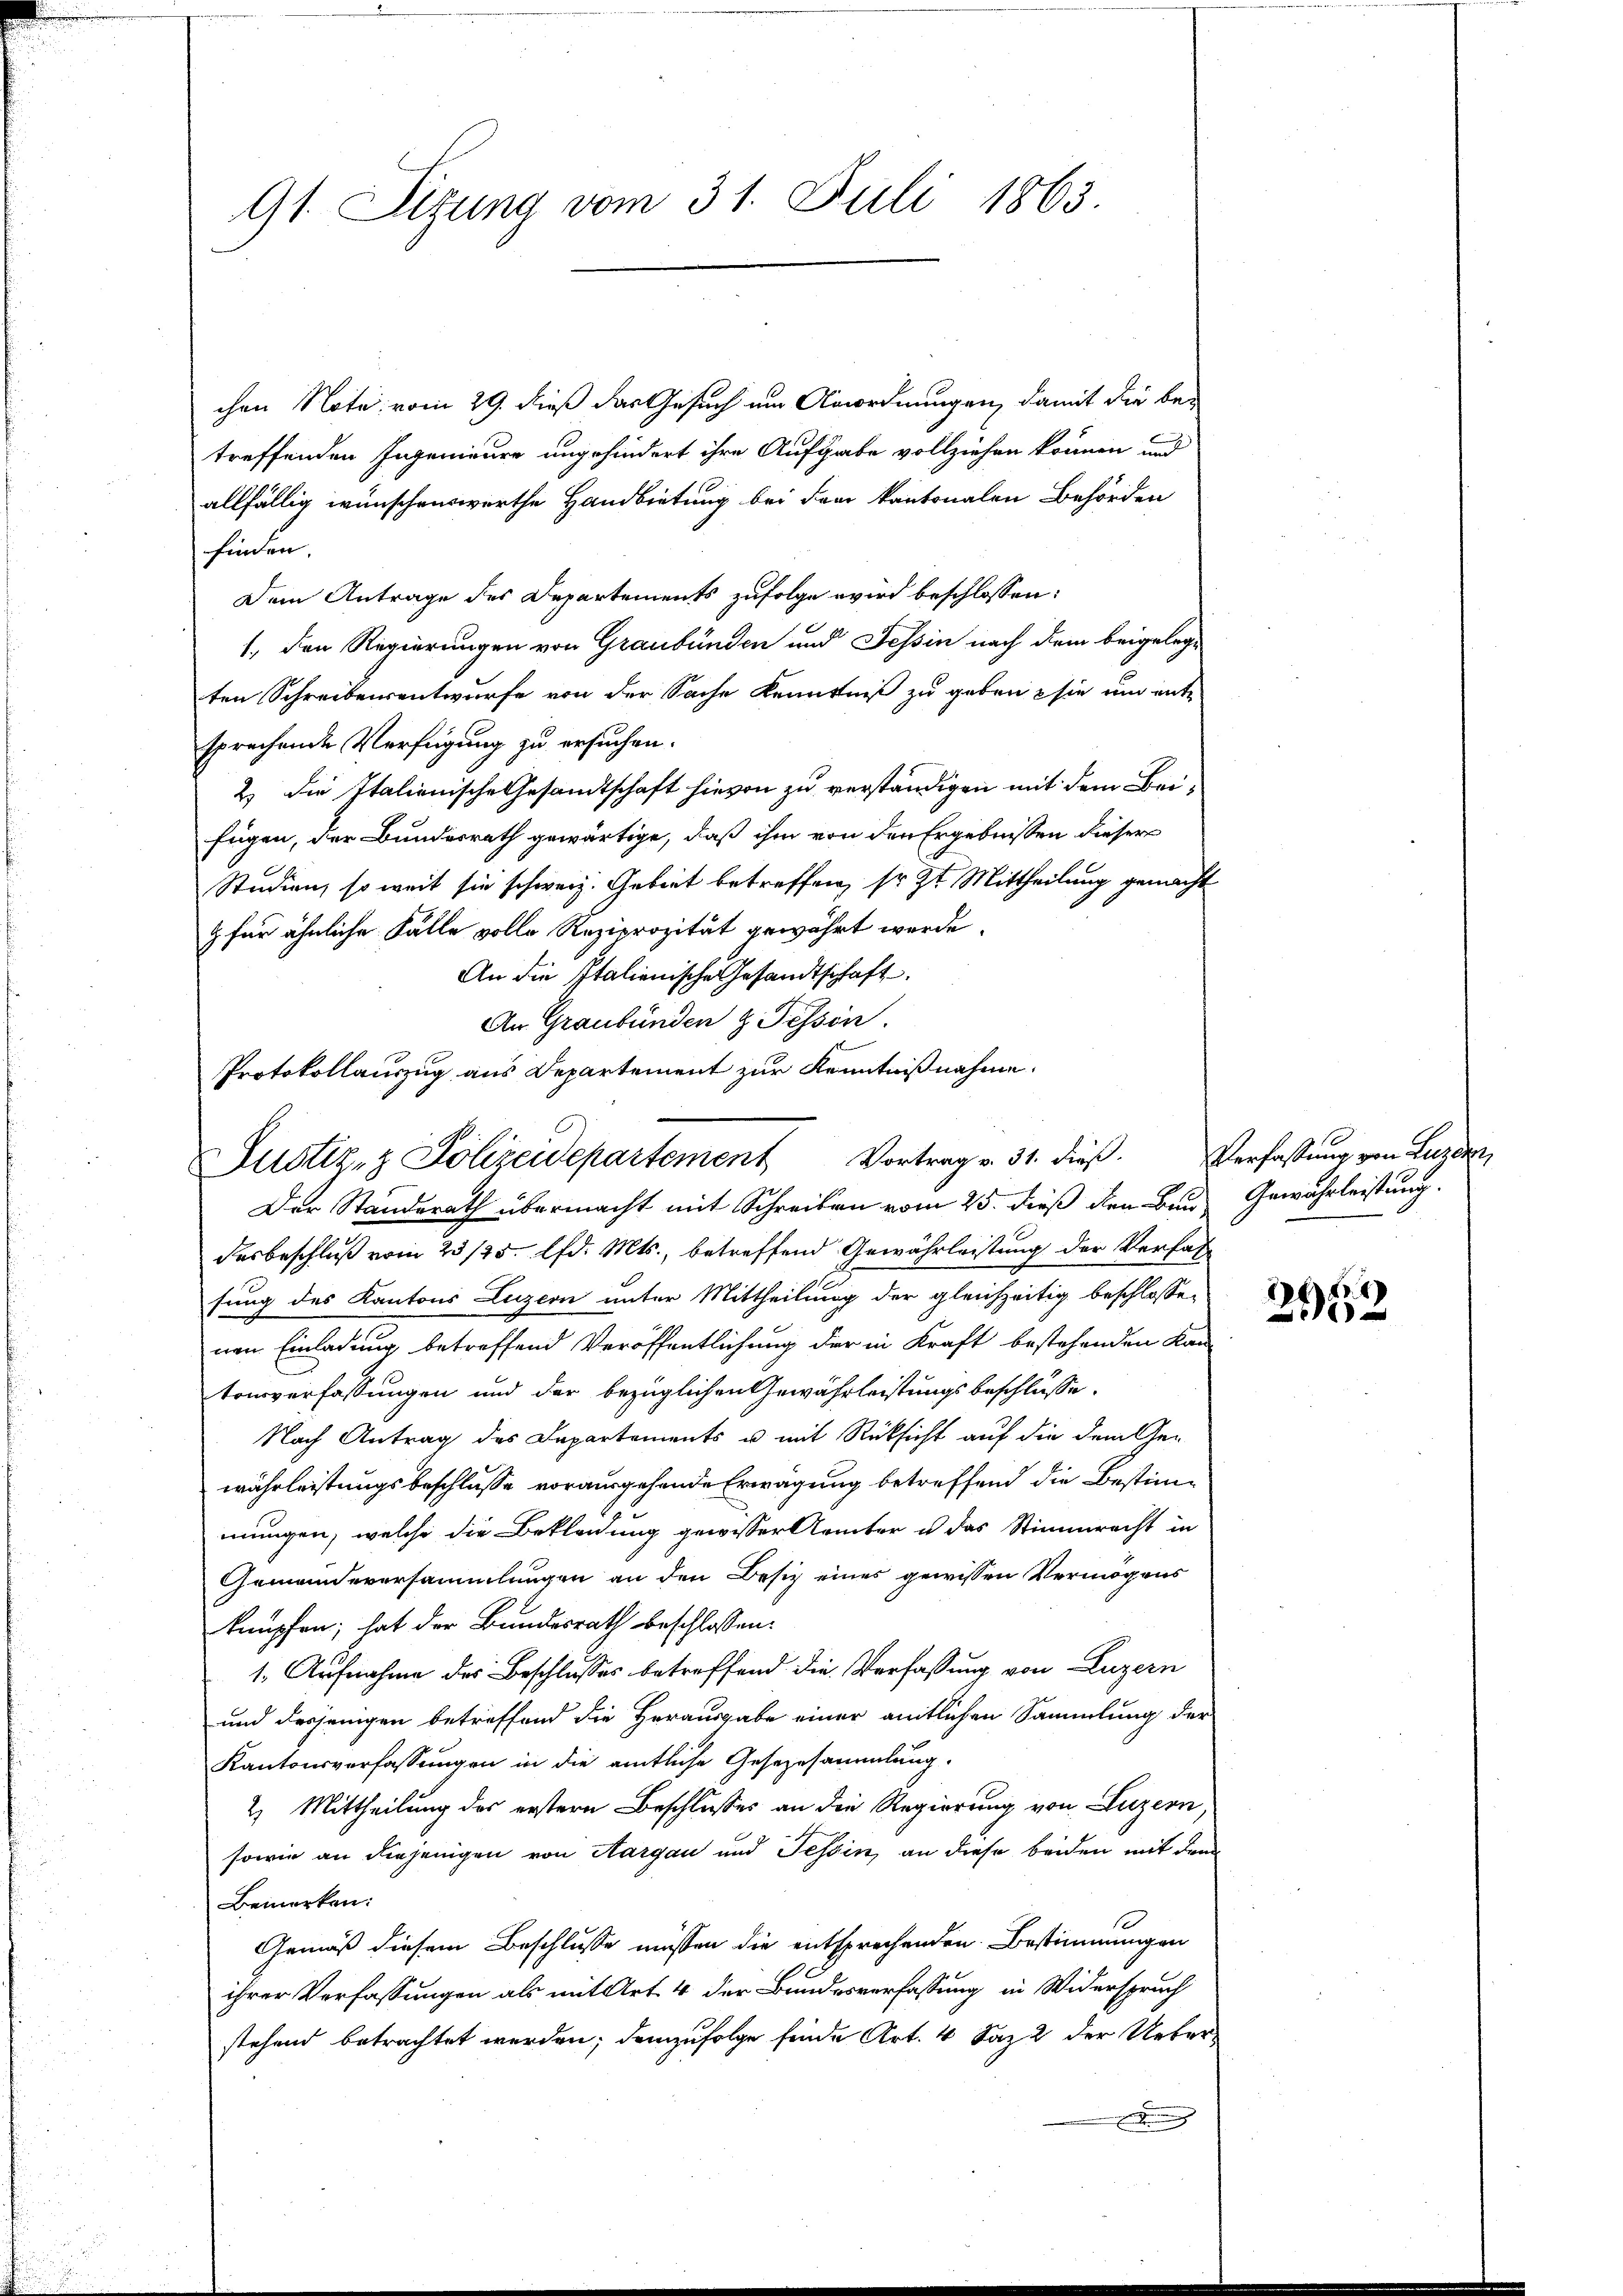
91. Sitzung vom 31. Juli 1863.

chen Note vom 29. dieß das Gesuch um Anordnungen, damit die be-
treffenden Ingenieure ungehindert ihre Aufgabe vollziehen können und
allfällig wünschenswerthe Handbietung bei den kantonalen Behörden
finden.
Dem Antrage des Departements zufolge wird beschlossen:
1., den Regierungen von Graubünden und Tessin nach dem beigelege
ten Schreibensentwurfe von der Sache Kenntniß zu geben sie und ente
sprechende Verfügung zu ersuchen.
2.) Die Italienische Gesandtschaft hievon zu verständigen mit dem Beifügen, der Bundesrath gewärtige, daß ihm von den Ergebnissen dieser
Studien, so weit sie schweiz. Gebiet betreffen, so zt Mittheilung gemacht
g für ähnliche Fälle volle Reziprozität gewährt werde.
An die Italienische Gesandtschaft
Der Standerath übermacht mit Schreiben vom 25. dieß den Bau Gewährleistung.
desbeschluß vom 23/25. lfd. Mts., betreffend Gewährleistung der Verfas
sung des Kantons Luzern unter Mittheilung der gleichzeitig beschlosse
nen Einladung betreffend Veröffentlichung der in Kraft bestehenden Kan-
tonsverfassungen und der bezüglichen Gewährleistungsbeschlüsse.
Nach Antrag des Departements u. mit Rücksicht auf die dem Gewährleistungsbeschlusse vorausgehende Erwägung betreffend die Bestimmungen, welche die Bekleidung gewisser Aemter u das Stimmrecht in
Gemeindeversammlungen an den Besitz eines gewissen Vermögens
knüpfen; hat der Bundesrath beschlossen:
1. Aufnahme des Beschlusses betreffend die Verfassung von Luzern
und desjenigen betreffend die Herausgabe einer amtlichen Sammlung der
Kantonsverfassungen in die amtliche Gesezesammlung.
2) Mittheilung des erstern Beschlusses an die Regierung von Luzern,
sowie an diejenigen von Aargau und Tessin, an diese beiden mit dem
Bemerken:
Gemäß diesem Beschlusse müssen die entsprechenden Bestimmungen
ihrer Verfassungen als mit Art. 4 der Bundesverfassung in Widerspruch
stehend betrachtet werden; demzufolge finde Art. 4 Saz 2 der Ueber¬
Di

An Graubünden z. Tessin.
Protokollauszug aus Departement zur Kenntnißnahme.
Justiz- & Polizeidepartement Vortrag v. 31. dieß. Verfassung von Luzern,

e
1